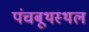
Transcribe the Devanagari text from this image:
पंचबूथस्थल